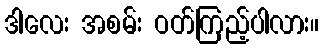
ဒါလေး အစမ်း ဝတ်ကြည့်ပါလား။